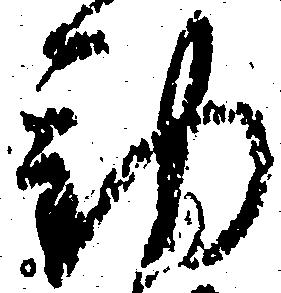
勤